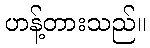
ဟန့်တားသည်။